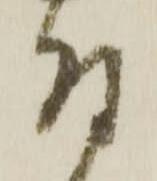
付